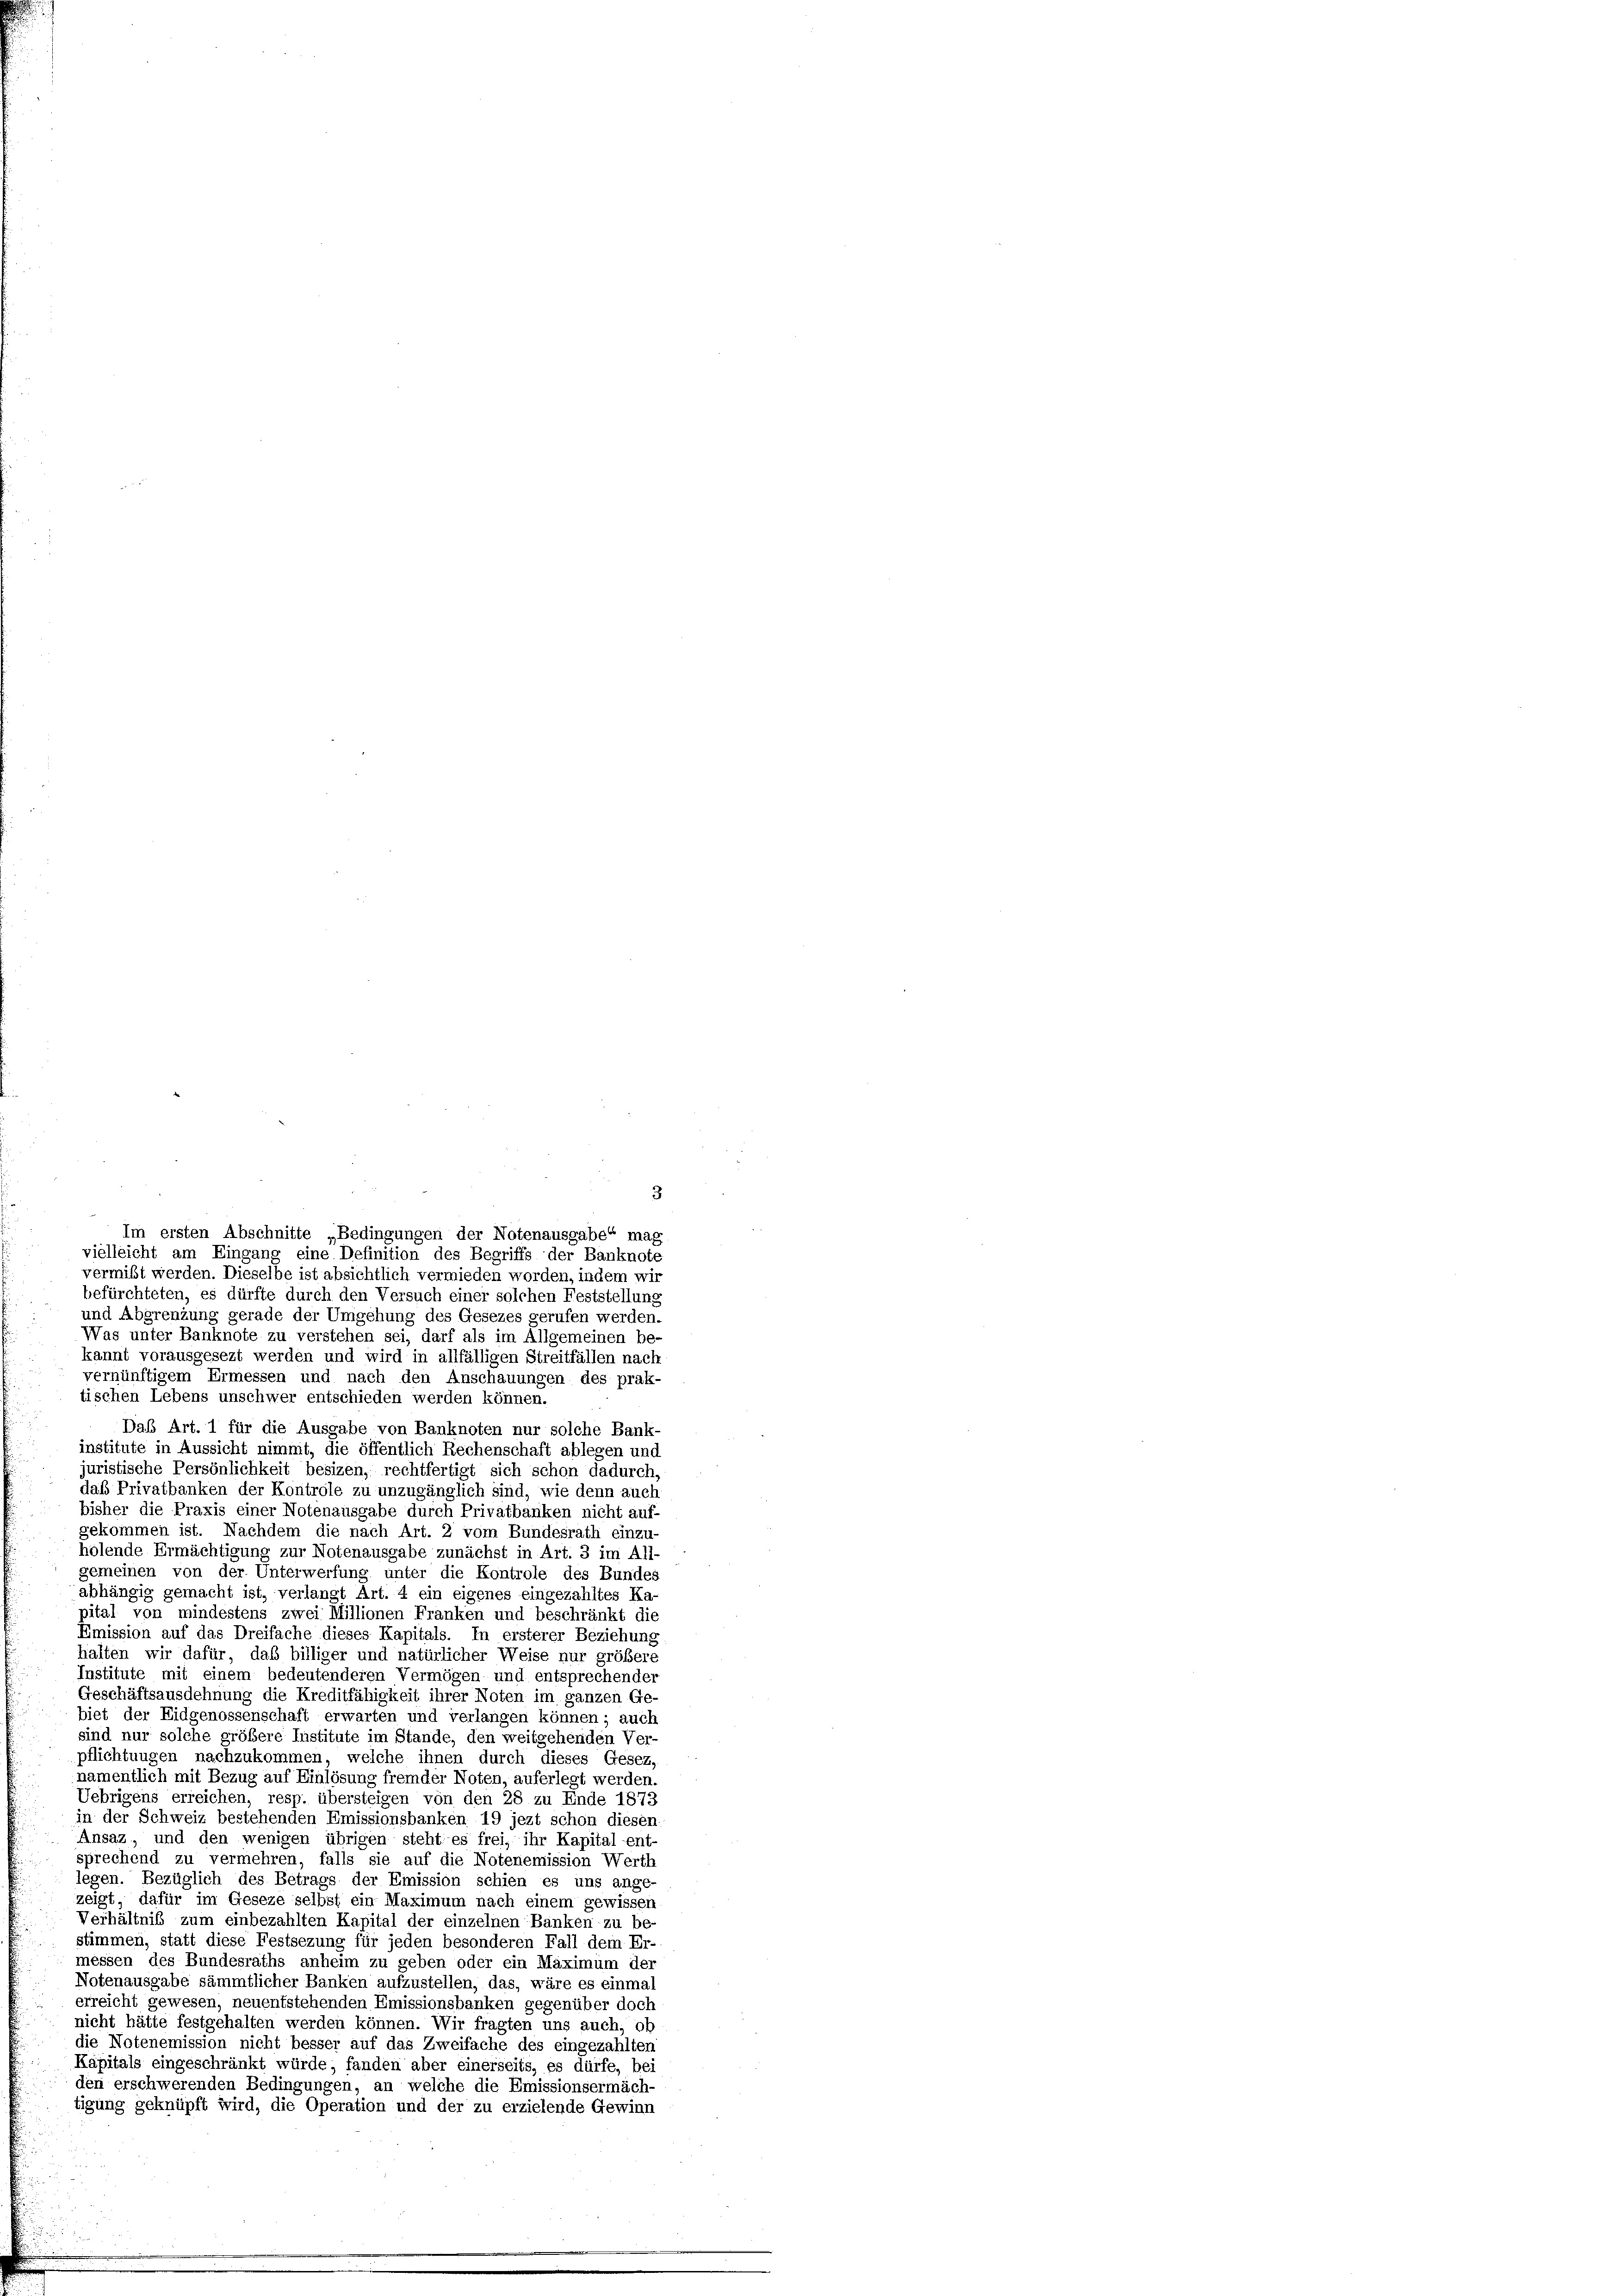
vermißt werden. Dieselbe ist absichtlich vermieden worden, indem wir
befürchteten, es dürfte durch den Versuch einer solchen Feststellung
und Abgrenzung gerade der Umgehung des Gesezes gerufen werden
Was unter Banknote zu verstehen sei, darf als im Allgemeinen be-
kannt vorausgesezt werden und wird in allfälligen Streitfällen nach
vernünftigem Ermessen und nach den Anschauungen des prak-
tischen Lebens unschwer entschieden werden können.
Das Art. 1 für die Ausgabe von Banknoten nur solche Bank-
institute in Aussicht nimmt, die öffentlich Rechenschaft ablegen und
juristische Persönlichkeit besizen, rechtfertigt sich schon dadurch,
das Privatbanken der Kontrole zu unzugänglich sind, wie denn auch
bisher die Praxis einer Notenausgabe durch Privatbanken nicht auf-
gekommen ist. Nachdem die nach Art. 2 vom Bundesrath einzu-
holende Ermächtigung zur Notenausgabe zunächst in Art. 3 im A11.
gemeinen von der Unterwerfung unter die Kontrole des Bundes
abhängig gemacht ist, verlangt Art. 4 ein eigenes eingezahltes Ka-
pital von mindestens zwei Millionen Franken und beschränkt die
Emission auf das Dreifache dieses Kapitals. In ersterer Beziehung
halten wir dafür, das billiger und natürlicher Weise nur größere
Institute mit einem bedeutenderen Vermögen und entsprechende
Geschäftsausdehnung die Kreditfähigkeit ihrer Noten im ganzen Ge-
biet der Eidgenossenschaft erwarten und verlangen können; auch
sind nur solche größere Institute im Stande, den weitgehenden Ver
pflichtungen nachzukommen, welche ihnen durch dieses Gesez
namentlich mit Bezug auf Einlösung fremder Noten, auferlegt werden.
Uebrigens erreichen, resp. übersteigen von den 28 zu Ende 1873
in der Schweiz bestehenden Emissionsbanken 19 jezt schon diesen
Ansaz, und den wenigen übrigen steht es frei, ihr Kapital ent-
sprechend zu vermehren, falls sie auf die Notenemission Werth
legen. Bezüglich des Betrags der Emission schien es uns ange
zeigt, dafür im Geseze selbst ein Maximum nach einem gewissen
Verhältnis zum einbezahlten Kapital der einzelnen Bänken zu be-
stimmen, statt diese Festsezung für jeden besonderen Fall dem Er-
messen des Bundesraths anheim zu geben oder ein Maximum der
Notenausgabe sämmtlicher Banken aufzustellen, das, wäre es einmas
erreicht gewesen, neuentstehenden Emissionsbanken gegenüber doch
nicht hätte festgehalten werden können. Wir fragten uns auch, ob
die Notenemission nicht besser auf das Zweifache des eingezahlten
Kapitals eingeschränkt würde, fanden aber einerseits, es dürfe, bei
den erschwerenden Bedingungen, an welche die Emissionsermäch-
tigung geknüpft wird, die Operation und der zu erzielende Gewinn

3
Im ersten Abschnitte „Bedingungen der Notenausgabe“ mag
vielleicht am Eingang eine Definition des Begriffs der Banknote